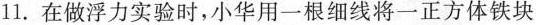
11.在做浮力实验时，小华用一根细线将一正方体铁块